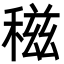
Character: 稵